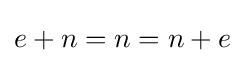
e+n=n=n+e